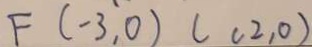
F ( - 3 , 0 ) ( c 2 , 0 )